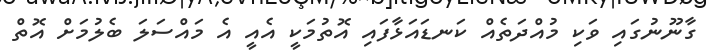
ގާނޫނުގައި ވަކި މުއްދަތެއް ކަނޑައަޅާފައި އޮތުމަކީ އެއީ އެ މައްސަލަ ބެލުމަށް އޮތް